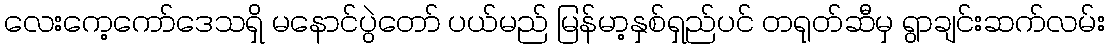
လေးကေ့ကော်ဒေသရှိ မနောင်ပွဲတော် ပယ်မည် မြန်မာ့နှစ်ရှည်ပင် တရုတ်ဆီမှ ရွာချင်းဆက်လမ်း